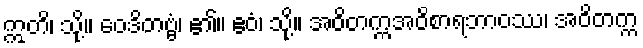
ဣတိ၊ သို့။ ဝေဒိတဗ္ဗံ၊ ၏။ ဧဝံ၊ သို့။ အဝိတက္ကအဝိစာရဘာဝဿ၊ အဝိတက္က